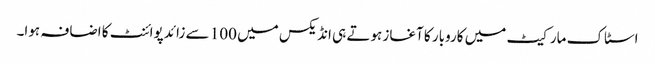
اسٹاک مارکیٹ میں کاروبار کا آغاز ہوتے ہی انڈیکس میں 100 سے زائد پوائنٹ کا اضافہ ہوا۔